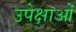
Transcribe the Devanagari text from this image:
उपेक्षाओं